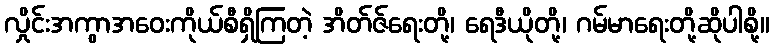
လှိုင်းအကွာအဝေးကိုယ်စီရှိကြတဲ့ အိတ်ဇ်ရေးတို့၊ ရေဒီယိုတို့၊ ဂမ်မာရေးတို့ဆိုပါစို့။